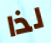
لذا